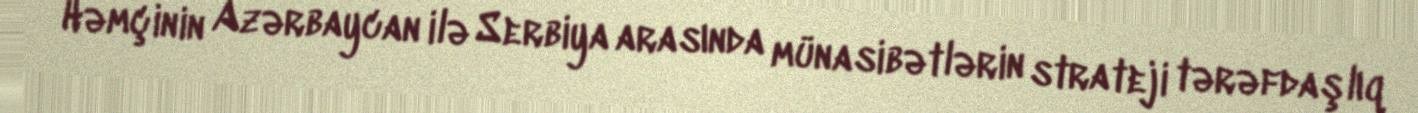
Həmçinin Azərbaycan ilə Serbiya arasında münasibətlərin strateji tərəfdaşlıq